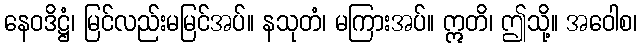
နေဝဒိဋ္ဌံ၊ မြင်လည်းမမြင်အပ်။ နသုတံ၊ မကြားအပ်။ ဣတိ၊ ဤသို့။ အဝေါစ၊